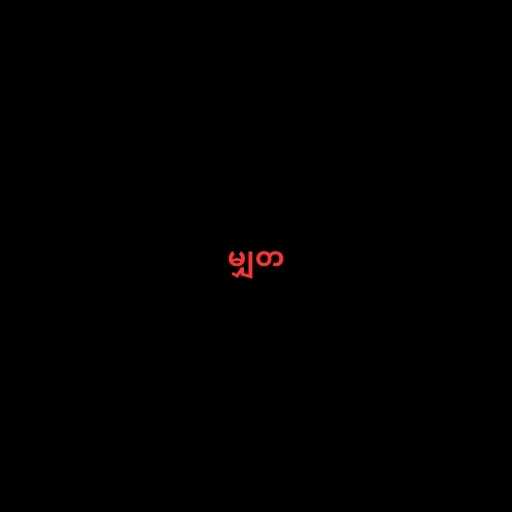
မျှတ